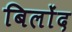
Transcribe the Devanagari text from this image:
बिलोंद